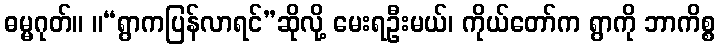
ဓမ္မဂုတ်။ ။“ရွာကပြန်လာရင်”ဆိုလို့ မေးရဦးမယ်၊ ကိုယ်တော်က ရွာကို ဘာကိစ္စ